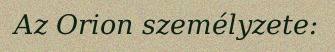
Az Orion személyzete: